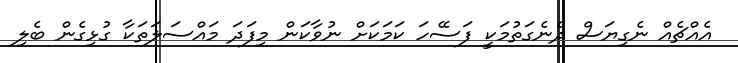
އެއްޗެއް ނެގިޔަސް ދެނެގަތުމަކީ ފަސޭހަ ކަމަކަށް ނުވާކަން މިފަދަ މައްސަލަތަކާ ގުޅިގެން ބެލި